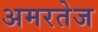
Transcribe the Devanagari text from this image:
अमरतेज